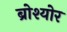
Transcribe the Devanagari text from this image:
ब्रोश्योर